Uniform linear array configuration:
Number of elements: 32
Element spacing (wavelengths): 0.75
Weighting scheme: binomial
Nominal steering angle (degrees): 15
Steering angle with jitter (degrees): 16.087
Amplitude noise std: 0.05
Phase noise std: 0.05

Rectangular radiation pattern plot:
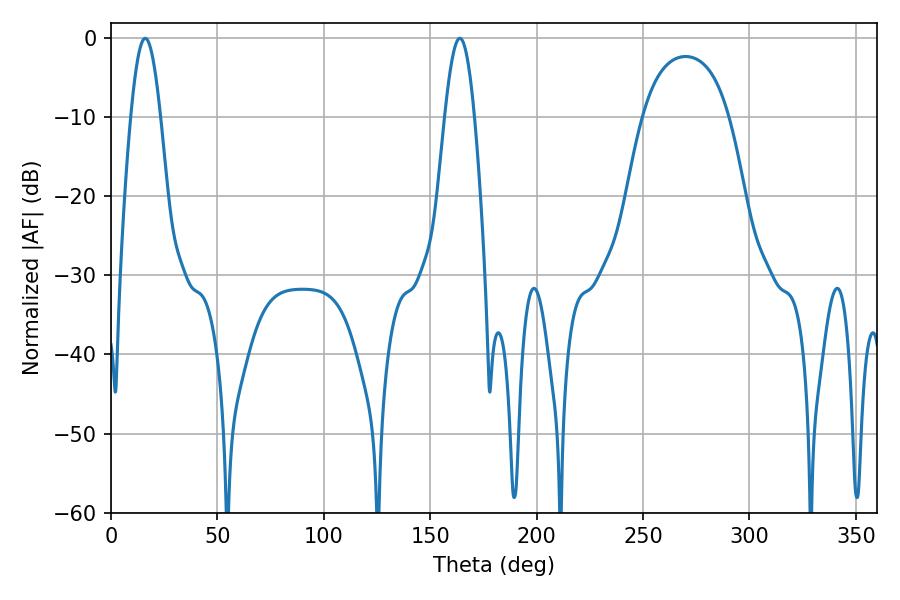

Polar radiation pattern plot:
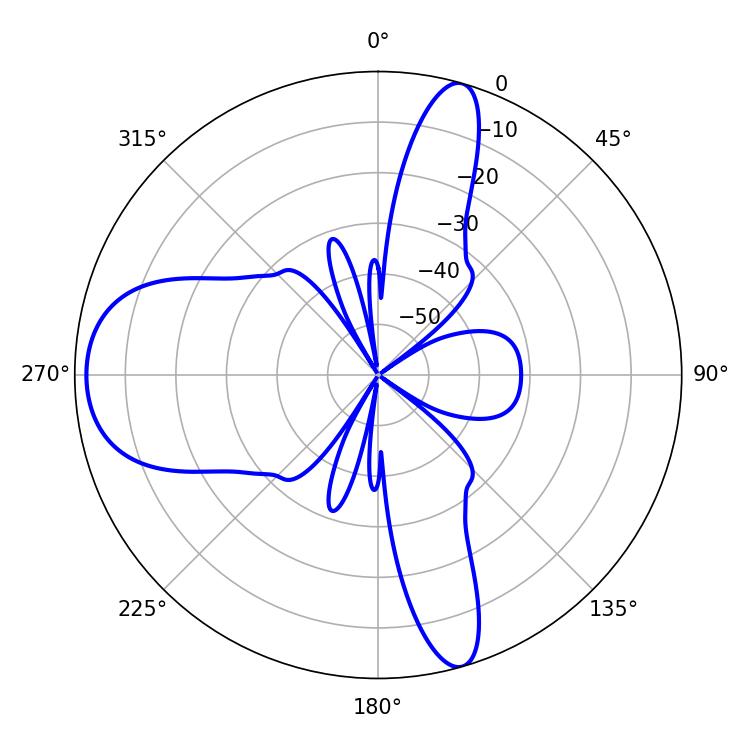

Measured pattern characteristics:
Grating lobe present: TRUE
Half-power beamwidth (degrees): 7.38
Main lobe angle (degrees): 16.02